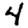
Digit: 4